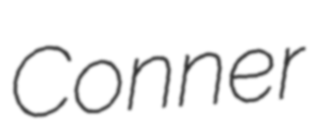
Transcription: Conner